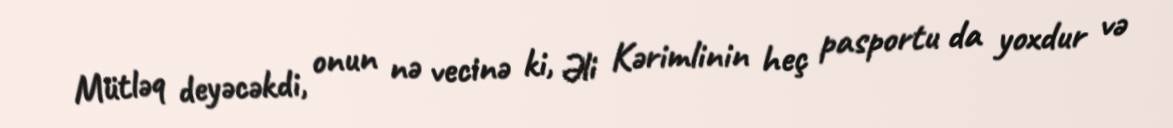
Mütləq deyəcəkdi, onun nə vecinə ki, Əli Kərimlinin heç pasportu da yoxdur və